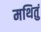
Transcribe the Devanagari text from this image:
मथितुं